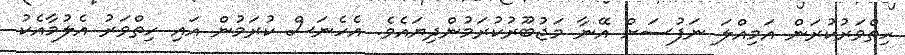
ހިތްވަރުކުރަން އަމިއްލަ ނަފުސަށް އޭނާ މަޖުބޫރުކުރަމުންދިޔައެވެ. އެހެނަސް ކުރަމުން އައި ހިތްވަރު އެލުމާއެކު